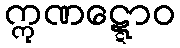
ဣဏဋ္ဋောဝ